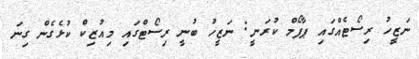
ނަޒީހު ރިސޯޓެއްގައި ޕާފޯމް ކުރަނީ: ނަޒީހު ބުނީ ރިސޯޓްގައި މިއުޒިކް ކުޅެގެން ގިނަ